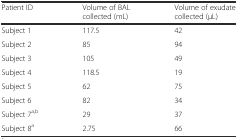
<table><thead><tr><td><b>Patient ID</b></td><td><b>Volume of BAL collected (mL)</b></td><td><b>Volume of exudate collected (μL)</b></td></tr></thead><tbody><tr><td>Subject 1</td><td>117.5</td><td>42</td></tr><tr><td>Subject 2</td><td>85</td><td>94</td></tr><tr><td>Subject 3</td><td>105</td><td>49</td></tr><tr><td>Subject 4</td><td>118.5</td><td>19</td></tr><tr><td>Subject 5</td><td>62</td><td>75</td></tr><tr><td>Subject 6</td><td>82</td><td>34</td></tr><tr><td>Subject 7<sup>a,b</sup></td><td>29</td><td>37</td></tr><tr><td>Subject 8<sup>a</sup></td><td>2.75</td><td>66</td></tr></tbody></table>